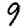
Digit: 9